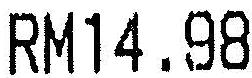
RM14.98